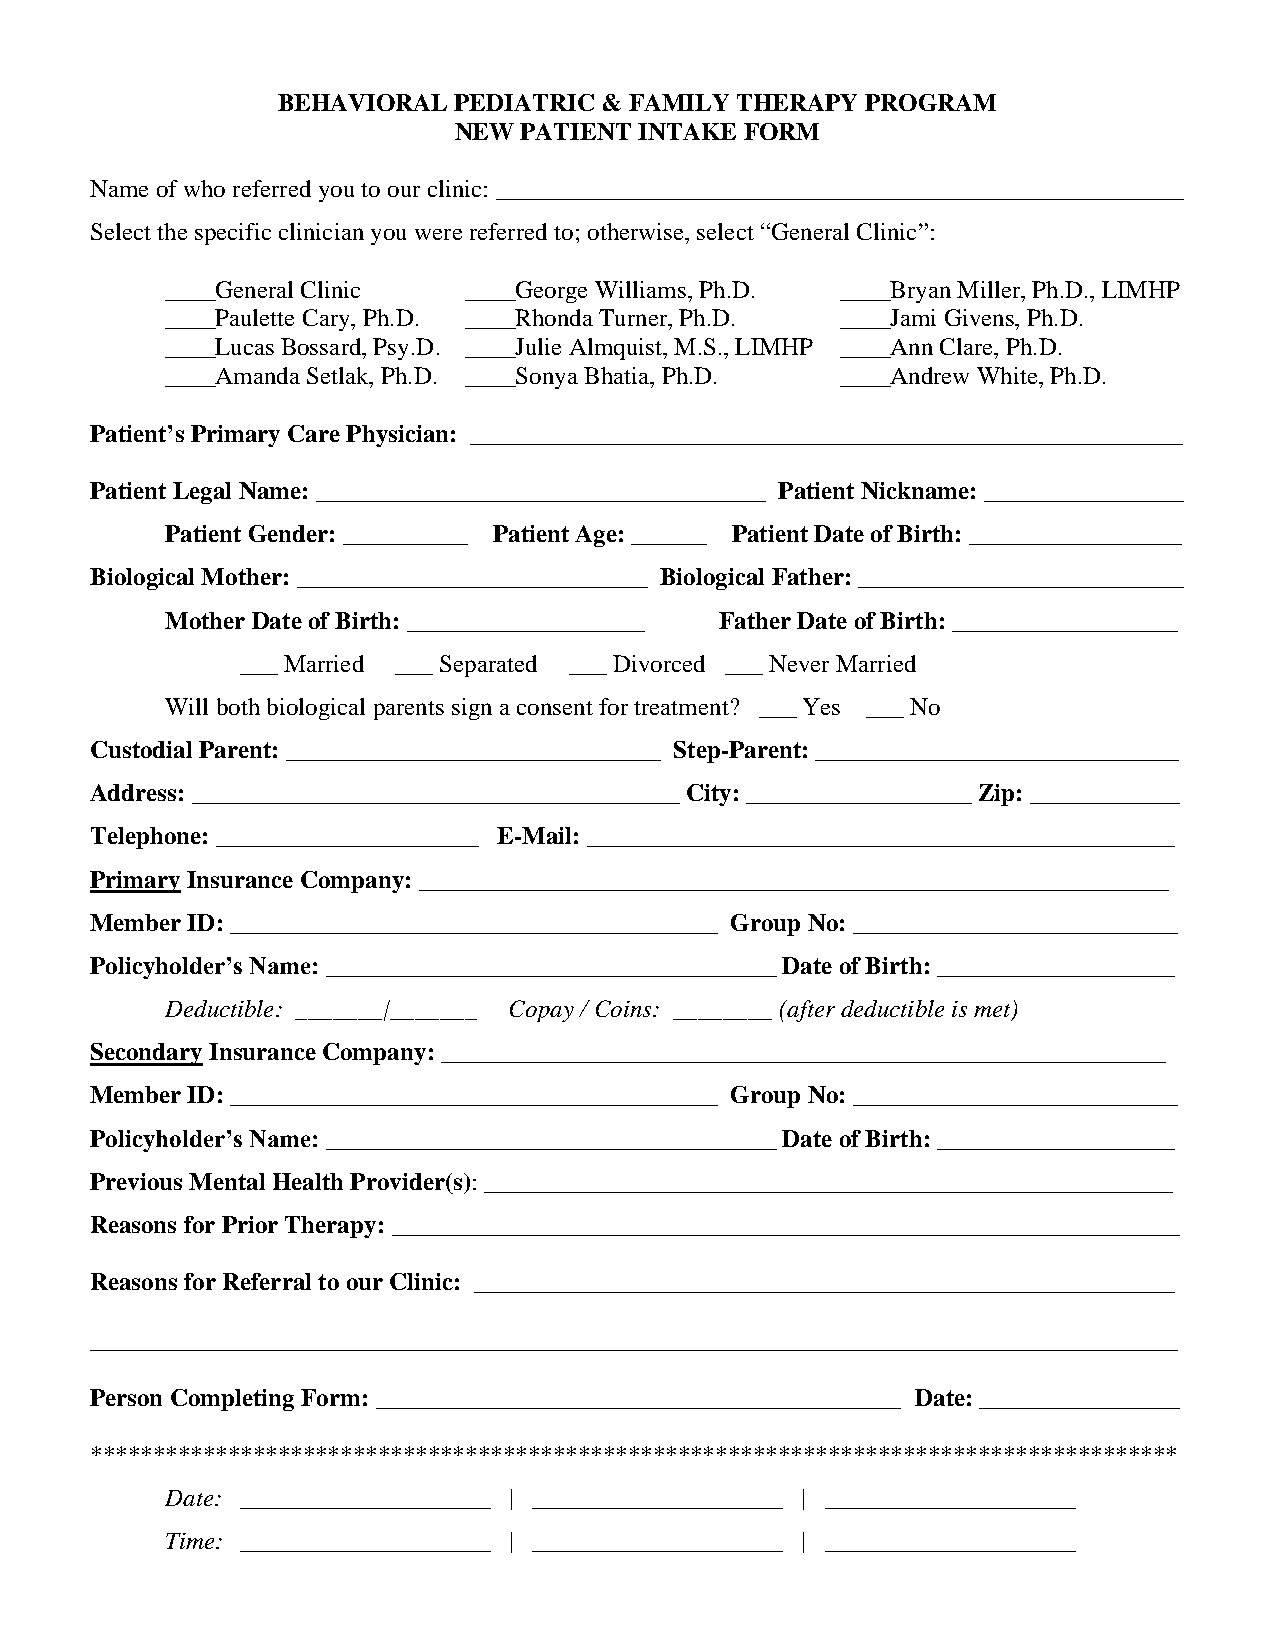
BEHAVIORAL  PEDIATRIC & FAMILY THERAPY PROGRAM
 NEW PATIENT INTAKE FORM
 Name of who referred you to our clinic: _______________________________________________________
 Select the specific clinician you were referred to; otherwise, select “General Clinic”:
 ____General Clinic  ____George Williams, Ph.D. ____Bryan Miller, Ph.D., LIMHP
 ____Paulette Cary, Ph.D. ____Rhonda Turner, Ph.D. ____Jami Givens, Ph.D.
 ____Lucas Bossard, Psy.D. ____Julie Almquist, M.S., LIMHP ____Ann Clare, Ph.D.
 ____Amanda Setlak, Ph.D. ____Sonya Bhatia, Ph.D. ____Andrew White, Ph.D.
 Patient’s Primary Care Physician: _________________________________________________________
 Patient Legal Name: ____________________________________ Patient Nickname: ________________
 Patient Gender: __________ Patient Age: ______ Patient Date of Birth: _________________
 Biological Mother: ____________________________ Biological Father: __________________________
 Mother Date of Birth: ___________________ Father Date of Birth: __________________
 ___ Married ___ Separated ___ Divorced ___ Never Married
 Will both biological parents sign a consent for treatment? ___ Yes ___ No
 Custodial Parent: ______________________________ Step-Parent: _____________________________
 Address: _______________________________________ City: __________________ Zip: ____________
 Telephone: _____________________ E-Mail: _______________________________________________
 Primary Insurance Company: ____________________________________________________________
 Member ID: _______________________________________ Group No: __________________________
 Policyholder’s Name: ____________________________________ Date of Birth: ___________________
 Deductible: _______|_______ Copay / Coins: ________ (after deductible is met)
 Secondary Insurance Company: __________________________________________________________
 Member ID: _______________________________________ Group No: __________________________
 Policyholder’s Name: ____________________________________ Date of Birth: ___________________
 Previous Mental Health Provider(s): _______________________________________________________
 Reasons for Prior Therapy: _______________________________________________________________
 Reasons for Referral to our Clinic: ________________________________________________________
 _______________________________________________________________________________________
 Person Completing Form: __________________________________________ Date: ________________
 ***************************************************************************************
 Date: ____________________ | ____________________ | ____________________
 Time: ____________________ | ____________________ | ____________________